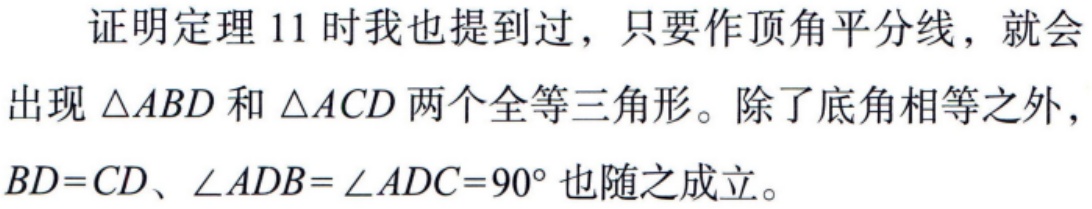
证明定理 11 时我也提到过，只要作顶角平分线，就会出现 $\triangle ABD$ 和 $\triangle ACD$ 两个全等三角形。除了底角相等之外，$BD = CD$、$\angle ADB=\angle ADC = 90^{\circ}$ 也随之成立。